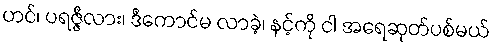
ဟင်၊ ပရဇ္ဇီလား၊ ဒီကောင်မ လာခဲ့၊ နင့်ကို ငါ အရေဆုတ်ပစ်မယ်